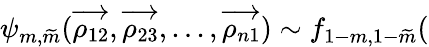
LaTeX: \psi_{m,\widetilde{m}}(\overrightarrow{\rho_{12}},\overrightarrow{\rho_{23}},...,\overrightarrow{\rho_{n1}})\sim f_{1-m,1-\widetilde{m}}(